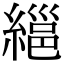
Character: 𦃽